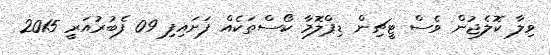
ވިލާ ކޮލެޖުން ވެސް ޓީޗިން ޑިޕްލޮމާ ކޯސްތަކެއް ފަށައިފި 09 ފެބުރުއަރީ 2015